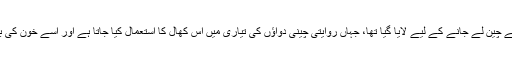
شارع فیصل پولیس کے مطابق ان کھالوں کو لاہور سے چین لے جانے کے لیے لایا گیا تھا، جہاں روایتی چینی دواؤں کی تیاری میں اس کھال کا استعمال کیا جاتا ہے اور اسے خون کی بیماریوں کے علاج کے لیے 'مفید' تصور کیا جاتا ہے۔